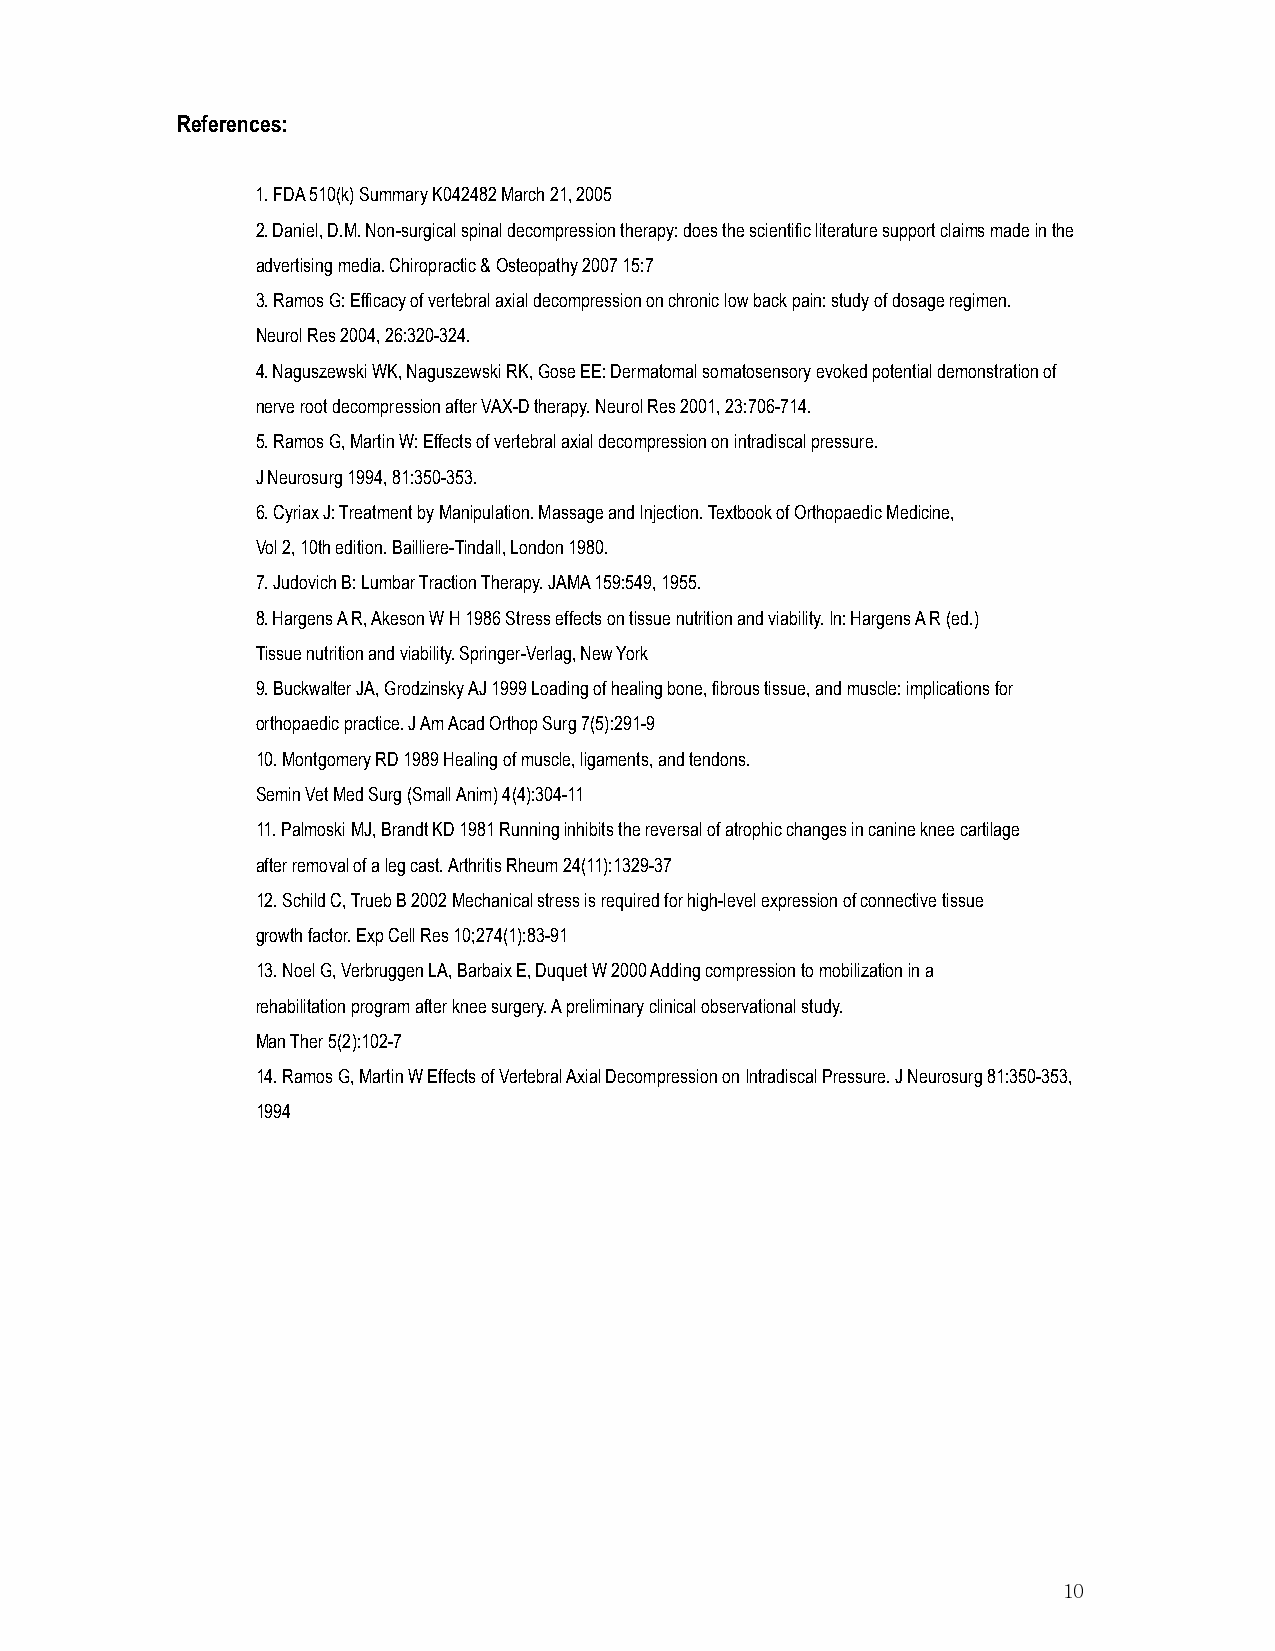
References:
 1. FDA 510(k) Summary K042482 March 21, 2005
 2. Daniel, D.M. Non-surgical spinal decompression therapy: does the scientific literature support claims made in the
 advertising media. Chiropractic & Osteopathy 2007 15:7
 3. Ramos G: Efficacy of vertebral axial decompression on chronic low back pain: study of dosage regimen.
 Neurol Res 2004, 26:320-324.
 4. Naguszewski WK, Naguszewski RK, Gose EE: Dermatomal somatosensory evoked potential demonstration of
 nerve root decompression after VAX-D therapy. Neurol Res 2001, 23:706-714.
 5. Ramos G, Martin W: Effects of vertebral axial decompression on intradiscal pressure.
 J Neurosurg 1994, 81:350-353.
 6. Cyriax J: Treatment by Manipulation. Massage and Injection. Textbook of Orthopaedic Medicine,
 Vol 2, 10th edition. Bailliere-Tindall, London 1980.
 7. Judovich B: Lumbar Traction Therapy. JAMA 159:549, 1955.
 8. Hargens A R, Akeson W H 1986 Stress effects on tissue nutrition and viability. In: Hargens A R (ed.)
 Tissue nutrition and viability. Springer-Verlag, New York
 9. Buckwalter JA, Grodzinsky AJ 1999 Loading of healing bone, fibrous tissue, and muscle: implications for
 orthopaedic practice. J Am Acad Orthop Surg 7(5):291-9
 10. Montgomery RD 1989 Healing of muscle, ligaments, and tendons.
 Semin Vet Med Surg (Small Anim) 4(4):304-11
 11. Palmoski MJ, Brandt KD 1981 Running inhibits the reversal of atrophic changes in canine knee cartilage
 after removal of a leg cast. Arthritis Rheum 24(11):1329-37
 12. Schild C, Trueb B 2002 Mechanical stress is required for high-level expression of connective tissue
 growth factor. Exp Cell Res 10;274(1):83-91
 13. Noel G, Verbruggen LA, Barbaix E, Duquet W 2000 Adding compression to mobilization in a
 rehabilitation program after knee surgery. A preliminary clinical observational study.
 Man Ther 5(2):102-7
 14. Ramos G, Martin W Effects of Vertebral Axial Decompression on Intradiscal Pressure. J Neurosurg 81:350-353,
 1994
 10